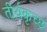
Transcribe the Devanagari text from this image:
तीर्थकृच्छ्र